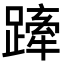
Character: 𨄢